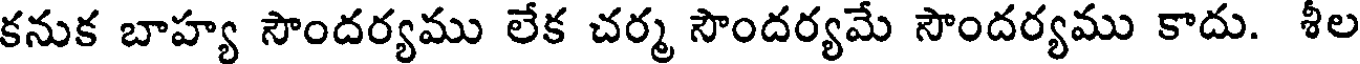
కనుక బాహ్య సౌందర్యము లేక చర్మ సౌందర్యమే సౌందర్యము కాదు. శీల